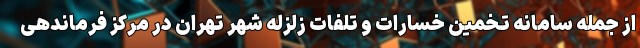
از جمله سامانه تخمین خسارات و تلفات زلزله شهر تهران در مرکز فرماندهی